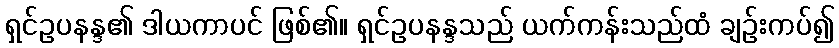
ရှင်ဥပနန္ဒ၏ ဒါယကာပင် ဖြစ်၏။ ရှင်ဥပနန္ဒသည် ယက်ကန်းသည်ထံ ချဉ်းကပ်၍